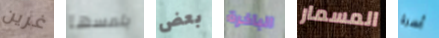
غرين يلمسها بعض الباخرة المسمار أسرة